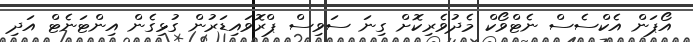
އޯޕަން އެކްސެސް ނެޓްވޯކް މެދުވެރިކޮށް ގިނަ ސަވިސް ޕްރޮވައިޑަރުން ގުޅިގެން އިންޓަނެޓް އަދި